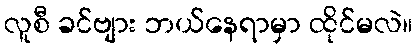
လူစီ ခင်ဗျား ဘယ်နေရာမှာ ထိုင်မလဲ။